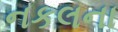
નકલના